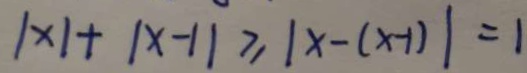
1 \times 1 + \vert x - 1 \vert \geq \vert x - ( x - 1 ) \vert = 1